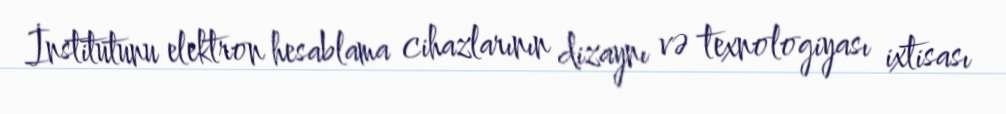
İnstitutunu elektron hesablama cihazlarının dizaynı və texnologiyası ixtisası